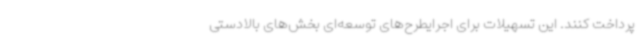
پرداخت کنند. این تسهیلات برای اجرایطرح‌های توسعه‌ای بخش‌های بالادستی